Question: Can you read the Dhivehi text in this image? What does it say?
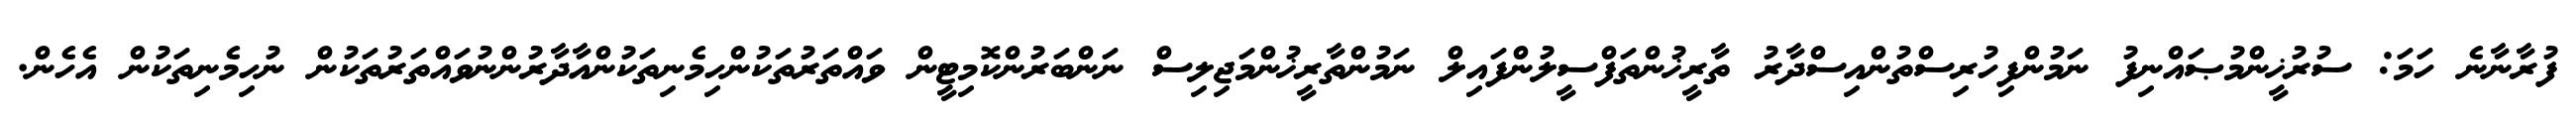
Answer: ފުރާނާނެ ހަމަ: ސުރުޚީންމުޞައްނިފު ނަމުންފިހުރިސްތުންއިސްދާރު ތާރީޚުންތަފްސީލުންފައިލް ނަމުންތާރީޚުންމަޖިލިސް ނަންބަރުންކޮމިޓީން ވައްތަރުތަކުންހިމެނިތަކުންއާދާރުންނުވައްތަރުތަކުން ނުހިމެނިތަކުން އެހެން.